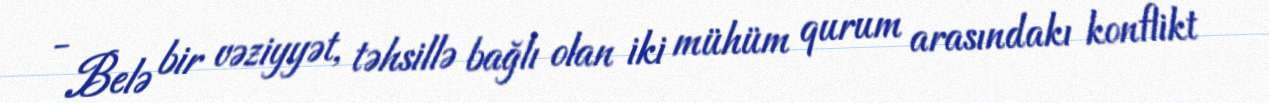
- Belə bir vəziyyət, təhsillə bağlı olan iki mühüm qurum arasındakı konflikt